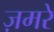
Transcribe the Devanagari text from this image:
ज़मरे